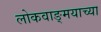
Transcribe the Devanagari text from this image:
लोकवाङ्मयाच्या